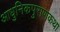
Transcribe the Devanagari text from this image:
आधुनिकपुराणकथा